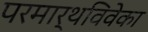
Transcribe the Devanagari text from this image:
परमार्थविवेका